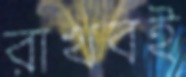
রাখবই